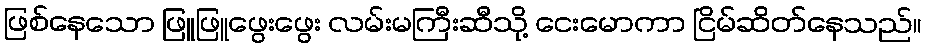
ဖြစ်နေသော ဖြူဖြူဖွေးဖွေး လမ်းမကြီးဆီသို့ ငေးမောကာ ငြိမ်ဆိတ်နေသည်။